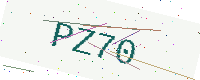
Text: PZ70